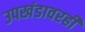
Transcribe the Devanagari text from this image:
उपखंडावरही